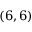
( 6 , 6 )